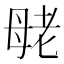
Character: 𰭪